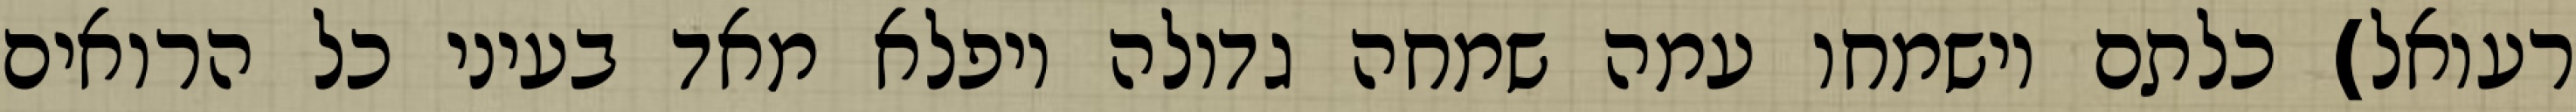
רעואל) כלתם וישמחו עמה שמחה גדולה ויפלא מאד בעיני כל הרואים